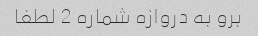
برو به دروازه شماره 2 لطفا